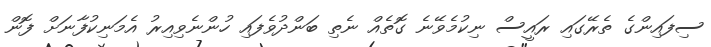
ސިފައިންގެ ތެރޭގައި ރައީސް ނިކުމެވޭނެ ގޮތެއް ނެތި ބަންދުވެފައި ހުންނެވިއިރު އެމަނިކުފާނަށް ފޮން